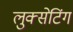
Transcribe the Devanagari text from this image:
लुक्सेटिंग